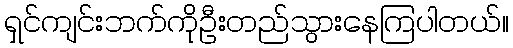
ရှင်ကျင်းဘက်ကိုဦးတည်သွားနေကြပါတယ်။